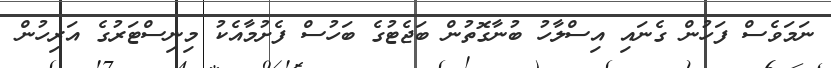
ނަމަވެސް ފަހުން ގެނައި އިސްލާހު ބުނާގޮތުން ބަޖެޓުގެ ބަހުސް ފެށުމާއެކު މިނިސްޓަރުގެ އަރިހުން